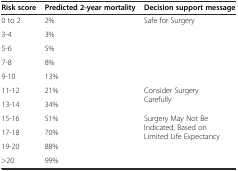
<table><thead><tr><td><b>Risk score</b></td><td><b>Predicted 2-year mortality</b></td><td><b>Decision support message</b></td></tr></thead><tbody><tr><td>0 to 2</td><td>2%</td><td rowspan="5">Safe for Surgery</td></tr><tr><td>3-4</td><td>3%</td></tr><tr><td>5-6</td><td>5%</td></tr><tr><td>7-8</td><td>8%</td></tr><tr><td>9-10</td><td>13%</td></tr><tr><td>11-12</td><td>21%</td><td rowspan="2">Consider Surgery Carefully</td></tr><tr><td>13-14</td><td>34%</td></tr><tr><td>15-16</td><td>51%</td><td rowspan="4">Surgery May Not Be Indicated, Based on Limited Life Expectancy</td></tr><tr><td>17-18</td><td>70%</td></tr><tr><td>19-20</td><td>88%</td></tr><tr><td>&gt;20</td><td>99%</td></tr></tbody></table>